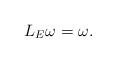
LaTeX: \begin{align*}L_{E}\omega = \omega.\end{align*}